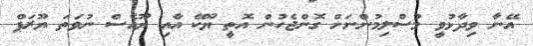
އޭނާ ވިދާޅުވީ މުސްލިމުންނަށް ގޮންޖެހުން އޮތީ ޔޫކޭ އާއި ޔޫއެސް ނުވަތަ ޔޫރަޕް